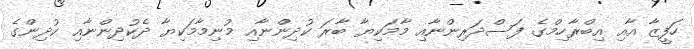
ހަފީޒާ އާއި އިބްރާހިމްގެ ފަސްދަރިންނާއި މާމަކިޔާ ބާރަ ކުދިންނާއި މުނިމާމަކިޔާ ދެކުދިންނާއި ކުދިންގެ